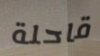
قاحلة